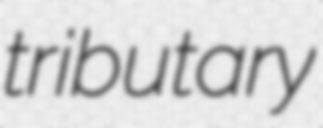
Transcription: tributary